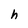
Character: h